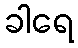
ခါရေ